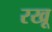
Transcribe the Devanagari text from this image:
रखू